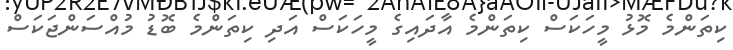
ކިތަންމެ މޮޅު މީހަކަސް ކިތަންމެ އާދައިގެ މީހަކަސް އަދި ކިތަންމެ ބޮޑު މުއްސަންޖަކަސް